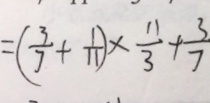
= ( \frac { 3 } { 7 } + \frac { 1 } { 1 1 } ) \times \frac { 1 1 } { 3 } + \frac { 3 } { 7 }